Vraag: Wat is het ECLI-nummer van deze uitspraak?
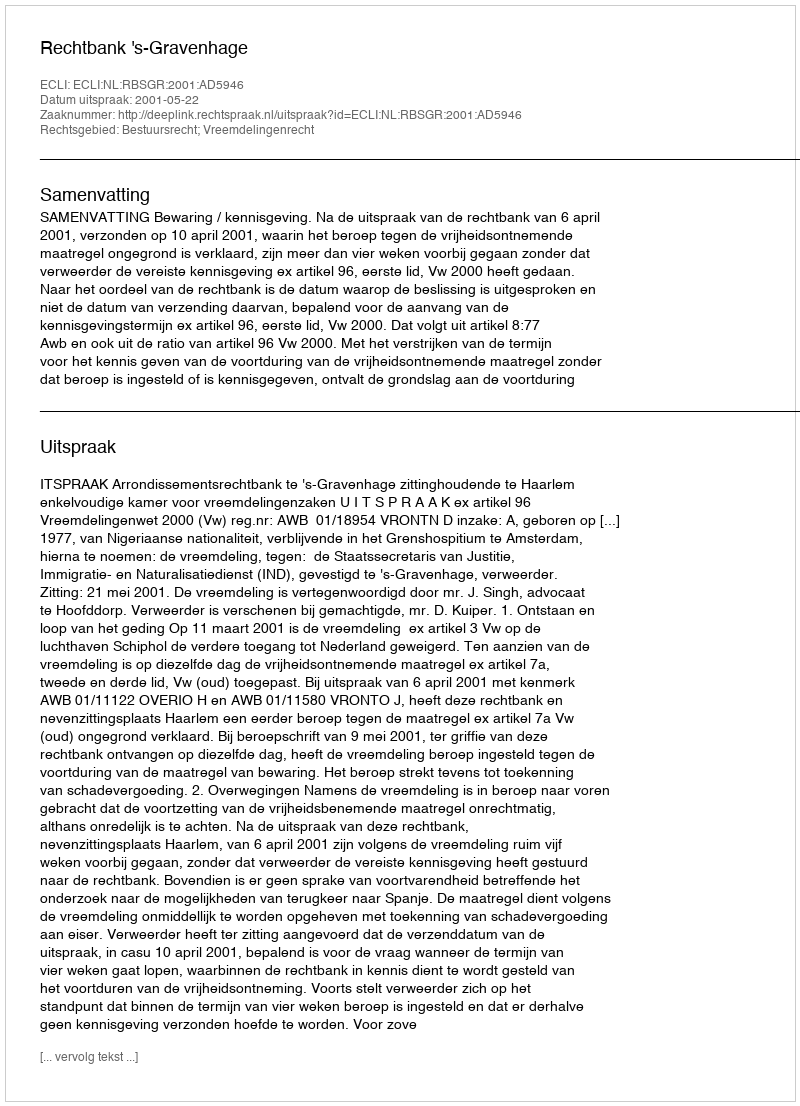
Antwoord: ECLI:NL:RBSGR:2001:AD5946